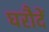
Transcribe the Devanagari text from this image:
घरौदें